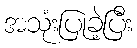
အသုံးပြုခဲ့ပြီး